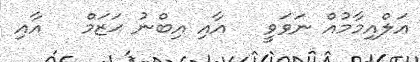
އަލްއިމާމުއް ނަވަވީ   އާއި އިބްނު ޙަޒަމް   އާއި